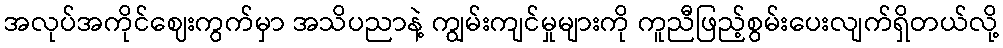
အလုပ်အကိုင်ဈေးကွက်မှာ အသိပညာနဲ့ ကျွမ်းကျင်မှုများကို ကူညီဖြည့်စွမ်းပေးလျက်ရှိတယ်လို့